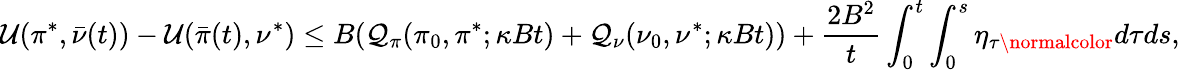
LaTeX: \mathcal{U}(\pi^{*},\bar{\nu}(t))-\mathcal{U}(\bar{\pi}(t),\nu^{*})\leq B(\mathcal Q_{\pi}(\pi_{0},\pi^{*};\kappa Bt)+\mathcal Q_{\nu}(\nu_{0},\nu^{*};\kappa Bt))+\frac{2B^{2}}{t}\int_{0}^{t}\int_{0}^{s}\eta_{\tau\normalcolor}d\tau ds,